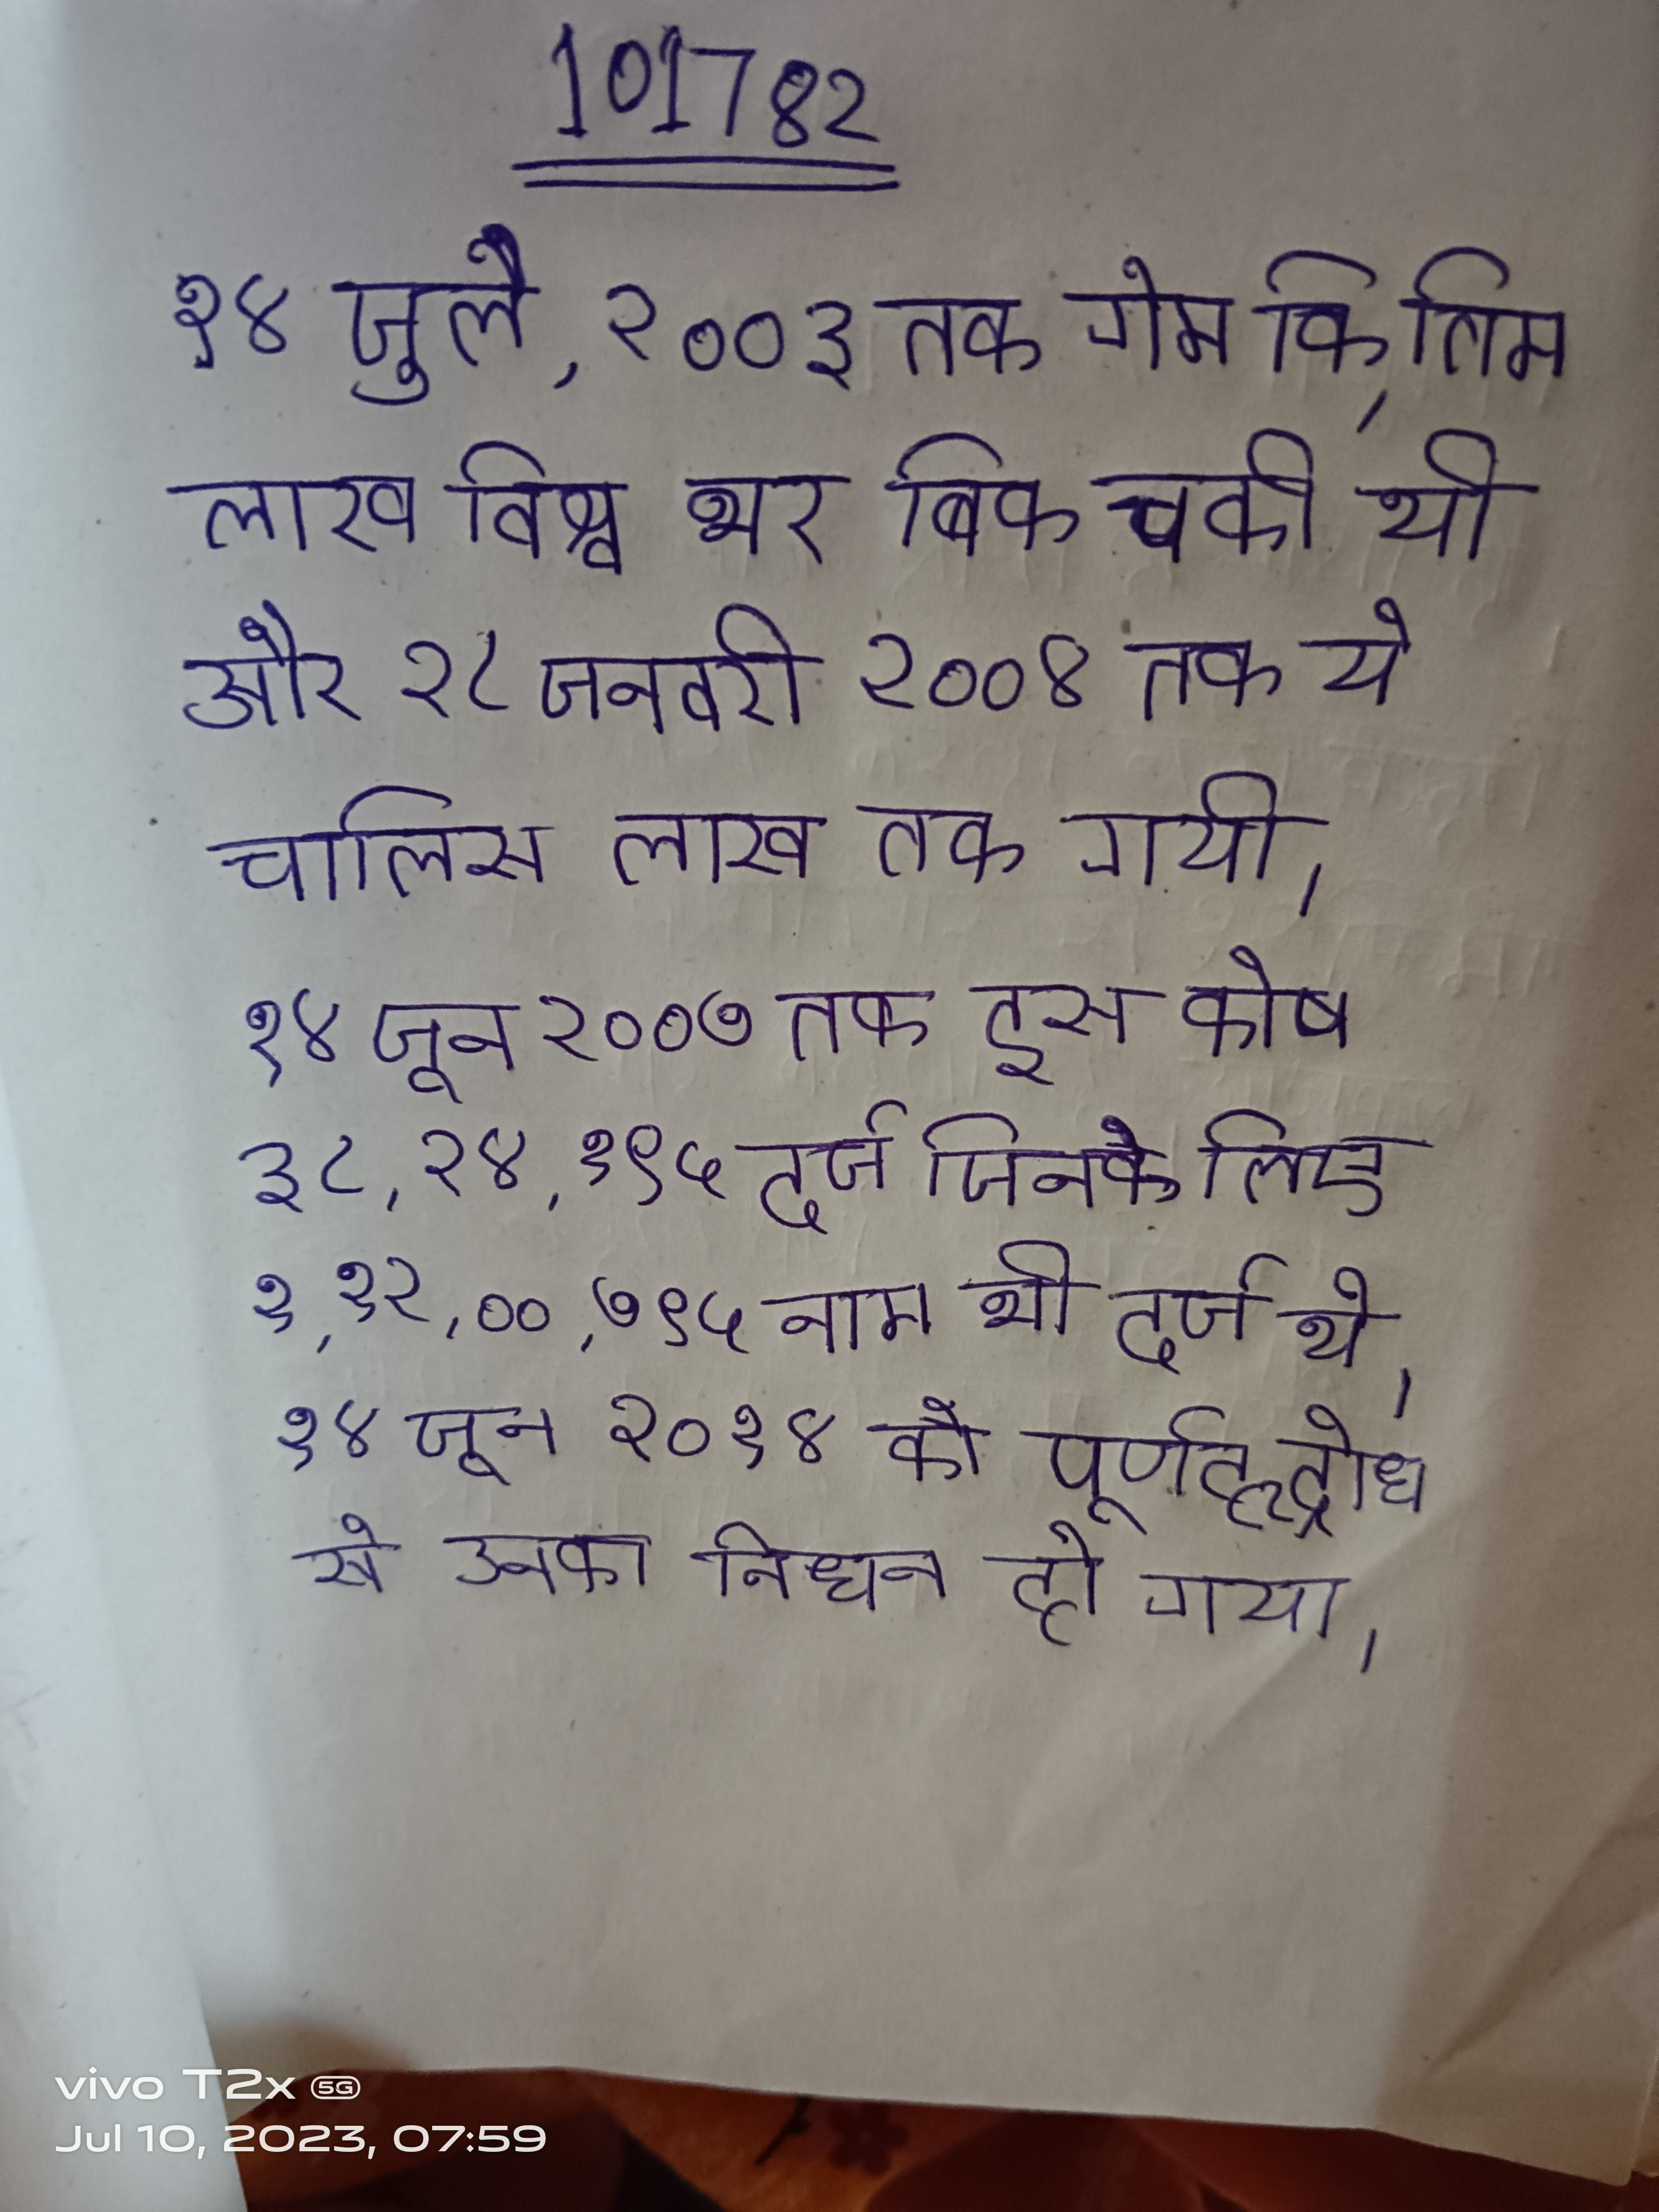
१४ जुलै, २००३ तक गेम कि तिस लाख विश्व भर बिक चुकी थी और २८ जनवरी २००४ तक ये चालिस लाख तक गयी । १४ जून २००७ तक इस कोष ३८,२४,१९५ दर्ज जिनके लिए १,१२,००,७९५ नाम भी दर्ज थे । १४ जून २०१४ को पूर्णहृद्रोध से उनका निधन हो गया ।